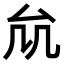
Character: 𠫠